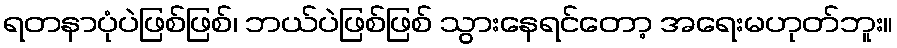
ရတနာပုံပဲဖြစ်ဖြစ်၊ ဘယ်ပဲဖြစ်ဖြစ် သွားနေရင်တော့ အရေးမဟုတ်ဘူး။